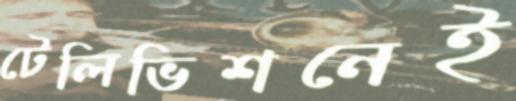
টেলিভিশনেই